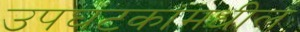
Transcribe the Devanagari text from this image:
उपघटकांमधील